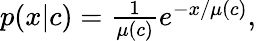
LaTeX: \begin{array}{r}{p(x|c)=\frac{1}{\mu(c)}e^{-x/\mu(c)},}\end{array}